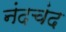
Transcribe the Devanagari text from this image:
नंदचंद